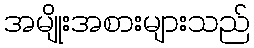
အမျိုးအစားများသည်